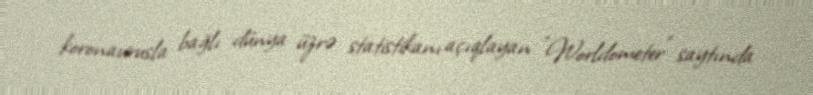
koronavirusla bağlı dünya üzrə statistikanı açıqlayan "Worldometer" saytında